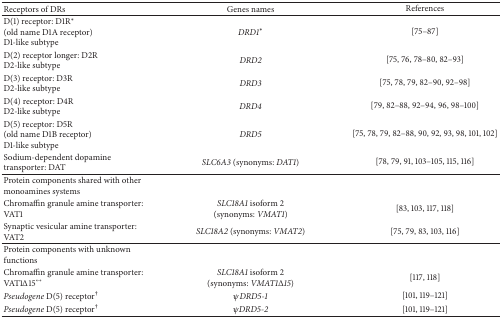
<table><thead><tr><td><b>Receptors of DRs</b></td><td><b>Genes names</b></td><td><b>References</b></td></tr></thead><tbody><tr><td>D(1) receptor: D1R<sup><i>∗</i></sup>(old name D1A receptor)D1-like subtype</td><td><i>DRD1</i><sup><i>∗</i></sup></td><td>[75–87]</td></tr><tr><td>D(2) receptor longer: D2RD2-like subtype</td><td><i>DRD2</i></td><td>[75, 76, 78–80, 82–93]</td></tr><tr><td>D(3) receptor: D3RD2-like subtype</td><td><i>DRD3</i></td><td>[75, 78, 79, 82–90, 92–98]</td></tr><tr><td>D(4) receptor: D4RD2-like subtype</td><td><i>DRD4</i></td><td>[79, 82–88, 92–94, 96, 98–100]</td></tr><tr><td>D(5) receptor: D5R(old name D1B receptor)D1-like subtype</td><td><i>DRD5</i></td><td>[75, 78, 79, 82–88, 90, 92, 93, 98, 101, 102]</td></tr><tr><td>Sodium-dependent dopamine transporter: DAT</td><td><i>SLC6A3</i> (synonyms: <i>DAT1</i>)</td><td>[78, 79, 91, 103–105, 115, 116]</td></tr><tr><td>Protein components shared with other monoamines systems</td><td> </td><td> </td></tr><tr><td>Chromaffin granule amine transporter: VAT1</td><td><i>SLC18A1</i> isoform 2(synonyms: <i>VMAT1</i>)</td><td>[83, 103, 117, 118]</td></tr><tr><td>Synaptic vesicular amine transporter: VAT2</td><td><i>SLC18A2</i> (synonyms: <i>VMAT2</i>)</td><td>[75, 79, 83, 103, 116]</td></tr><tr><td>Protein components with unknown functions</td><td> </td><td> </td></tr><tr><td>Chromaffin granule amine transporter: VAT1Δ15<sup>↔</sup></td><td><i>SLC18A1</i> isoform 2(synonyms: <i>VMAT1</i>Δ<i>15</i>)</td><td>[117, 118]</td></tr><tr><td><i>Pseudogene</i> D(5) receptor<sup>†</sup></td><td><i>ψDRD5-1</i></td><td>[101, 119–121]</td></tr><tr><td><i>Pseudogene</i> D(5) receptor<sup>†</sup></td><td><i>ψDRD5-2</i></td><td>[101, 119–121]</td></tr></tbody></table>